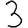
Digit: 3